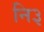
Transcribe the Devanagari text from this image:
नि३